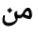
من